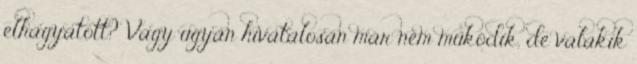
elhagyatott? Vagy ugyan hivatalosan már nem működik, de valakik